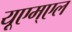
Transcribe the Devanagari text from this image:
यूएम्एल